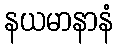
နယမာနာနံ